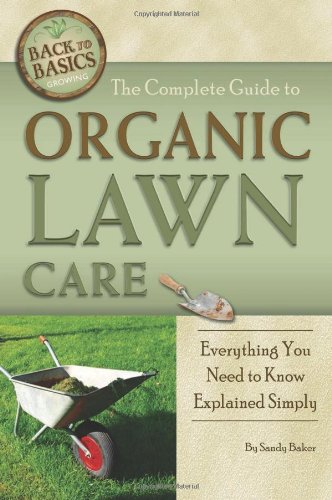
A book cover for The Complete Guide to Organic Lawn Care: Everything You Need to Know Explained Simply (Back-To-Basics) (Back to Basics: Growing); Sandy Baker; Crafts, Hobbies & Home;